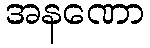
အနဏော